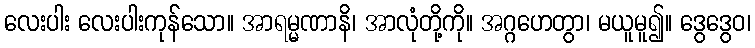
လေးပါး လေးပါးကုန်သော။ အာရမ္မဏာနိ၊ အာလုံတို့ကို။ အဂ္ဂဟေတွာ၊ မယူမူ၍။ ဒွေဒွေဝ၊